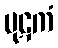
ပုဋကံ